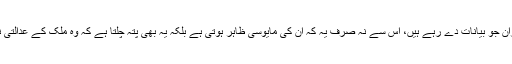
‘‘ اس معاملے میں بی جے پی اور سنگھ پریوار کے لیڈران جو بیانات دے رہے ہیں، اس سے نہ صرف یہ کہ ان کی مایوسی ظاہر ہوتی ہے بلکہ یہ بھی پتہ چلتا ہے کہ وہ ملک کے عدالتی نظام پر تنقید کے معاملے میں کس حد تک جاسکتے ہیں۔